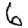
Digit: 6